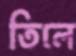
তিলে